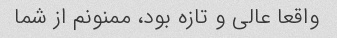
واقعا عالی و تازه بود، ممنونم از شما